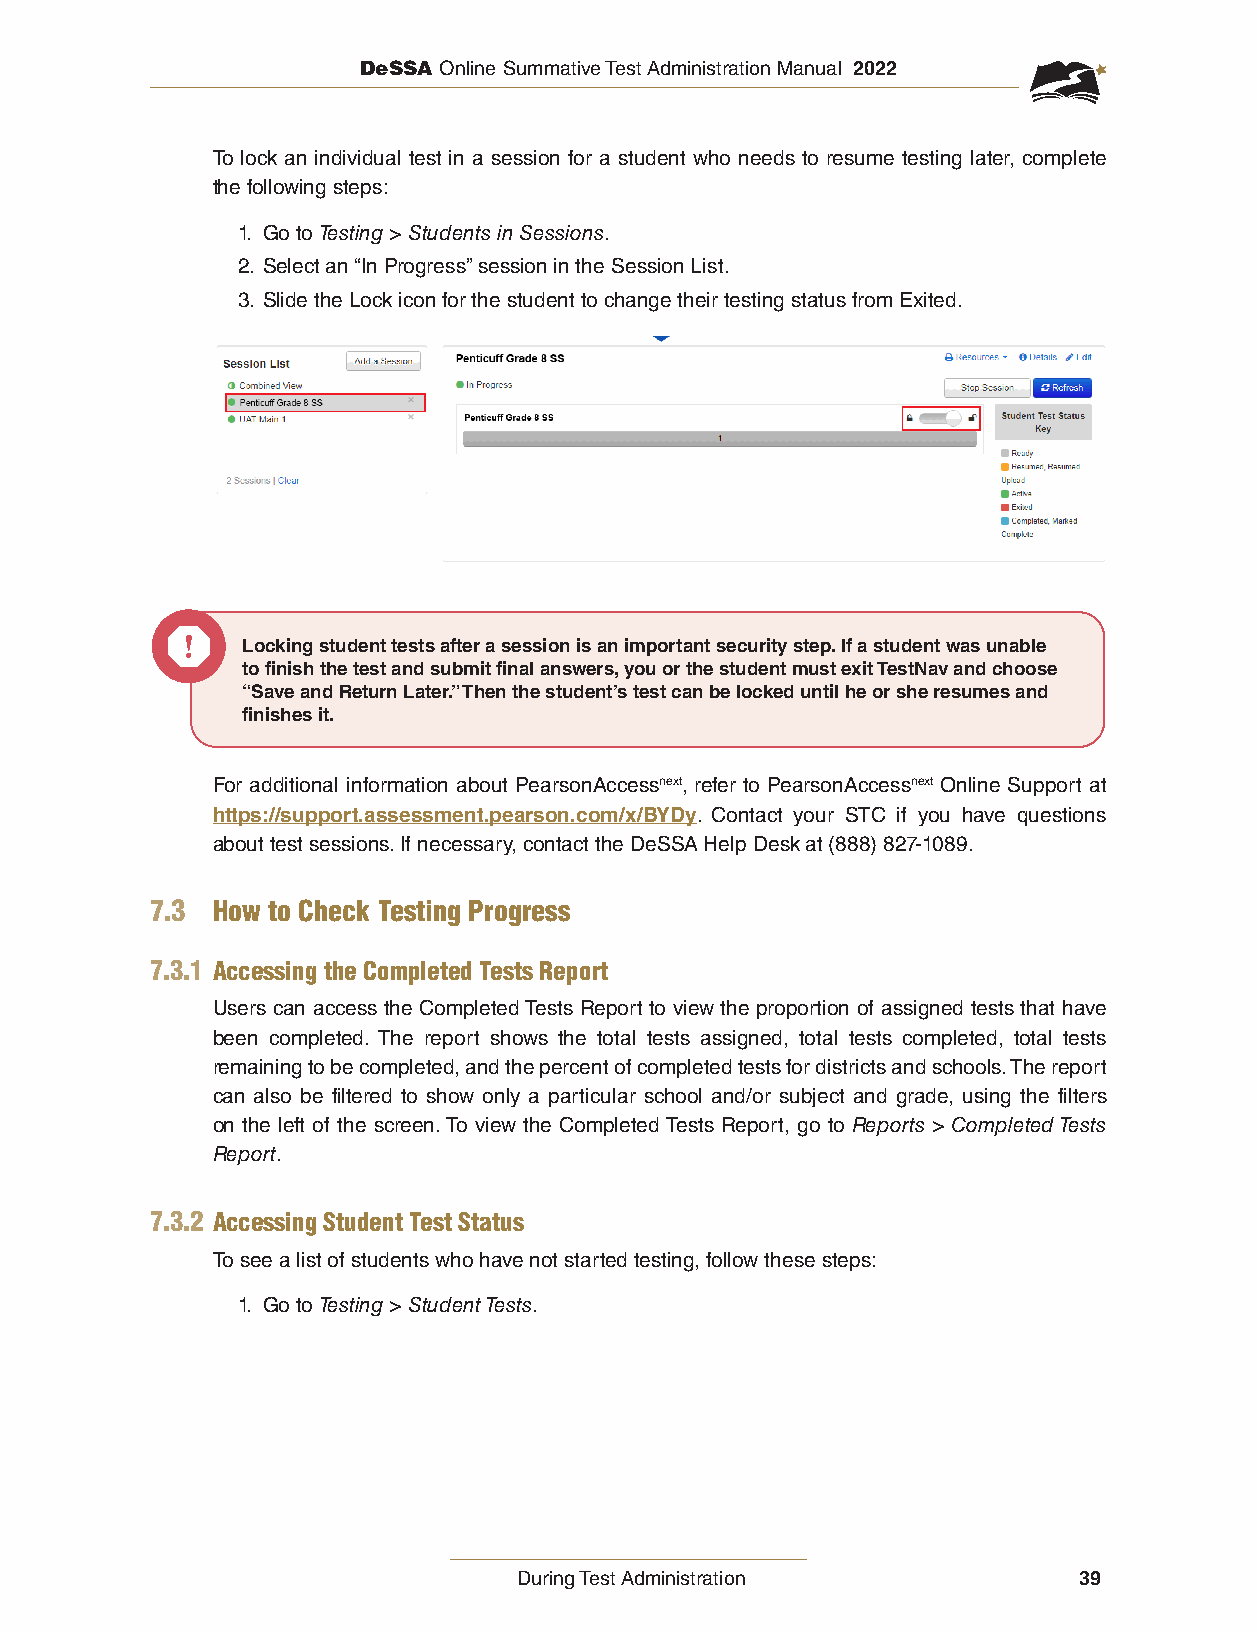
DeSSA Online Summative Test Administration Manual 2022
 To lock an individual test in a session for a student who needs to resume testing later, complete
 the following steps:
 1. Go to Testing > Students in Sessions.
 2. Select an “In Progress” session in the Session List.
 3. Slide the Lock icon for the student to change their testing status from Exited.
 Locking student tests after a session is an important security step. If a student was unable
 to finish the test and submit final answers, you or the student must exit TestNav and choose
 “Save and Return Later.” Then the student’s test can be locked until he or she resumes and
 finishes it.
 For additional information about PearsonAccessnext, refer to PearsonAccessnext Online Support at
 https://support.assessment.pearson.com/x/BYDy. Contact your STC if you have questions
 about test sessions. If necessary, contact the DeSSA Help Desk at (888) 827-1089.
 7.3 How to Check Testing Progress
 7.3.1 Accessing the Completed Tests Report
 Users can access the Completed Tests Report to view the proportion of assigned tests that have
 been completed. The report shows the total tests assigned, total tests completed, total tests
 remaining to be completed, and the percent of completed tests for districts and schools. The report
 can also be filtered to show only a particular school and/or subject and grade, using the filters
 on the left of the screen. To view the Completed Tests Report, go to Reports > Completed Tests
 Report.
 7.3.2 Accessing Student Test Status
 To see a list of students who have not started testing, follow these steps:
 1. Go to Testing > Student Tests.
 During Test Administration           39